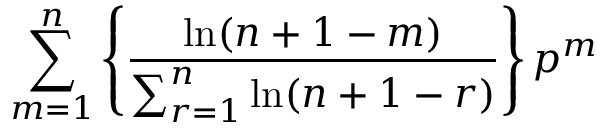
\sum _ { m = 1 } ^ { n } \left\{ \frac { \ln ( n + 1 - m ) } { \sum _ { r = 1 } ^ { n } \ln ( n + 1 - r ) } \right\} p ^ { m }